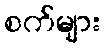
စက်များ